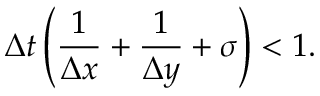
\Delta t \left( \frac { 1 } { \Delta x } + \frac { 1 } { \Delta y } + \sigma \right) < 1 .